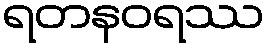
ရတနဝရဿ